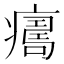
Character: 𤺜